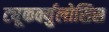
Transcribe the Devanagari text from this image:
ट्यूकर्क्युलोसिस